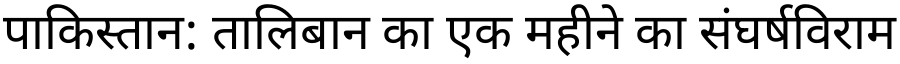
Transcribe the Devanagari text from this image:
पाकिस्तान: तालिबान का एक महीने का संघर्षविराम